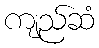
ကျည်ဆံ